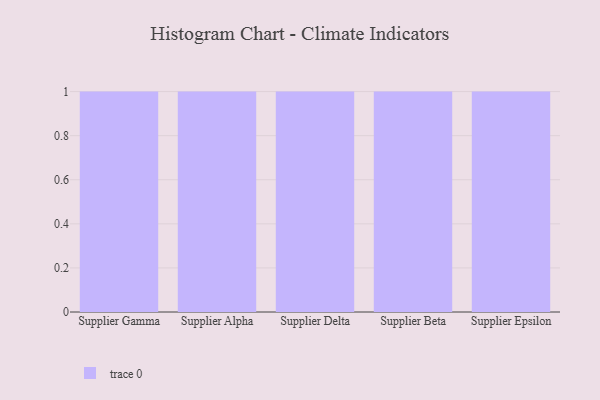
{"axis": {"x": "Supplier", "y": "Operating Costs (USD K)"}, "legend": [""], "data": [{"x": "Supplier Gamma", "y": 71, "type": ""}, {"x": "Supplier Alpha", "y": 54, "type": ""}, {"x": "Supplier Delta", "y": 65, "type": ""}, {"x": "Supplier Beta", "y": 81, "type": ""}, {"x": "Supplier Epsilon", "y": 26, "type": ""}]}